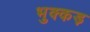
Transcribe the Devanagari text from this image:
भुक्कड़